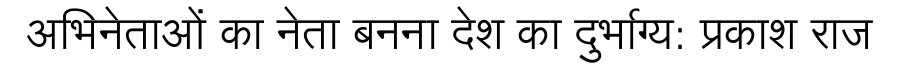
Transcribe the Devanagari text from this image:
अभिनेताओं का नेता बनना देश का दुर्भाग्य: प्रकाश राज